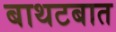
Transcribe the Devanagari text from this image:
बाथटबात